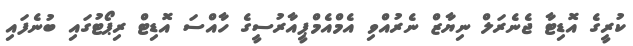
ކުރީގެ އޮޑިޓާ ޖެނެރަލް ނިޔާޒް ނެރުއްވި އެމްއެމްޕީއާރުސީގެ ހާއްސަ އޮޑިޓް ރިޕޯޓުގައި ބުނެފައި